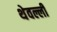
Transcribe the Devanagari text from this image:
थेवल्ली